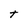
Character: t